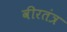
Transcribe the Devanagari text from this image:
वीरतंत्र